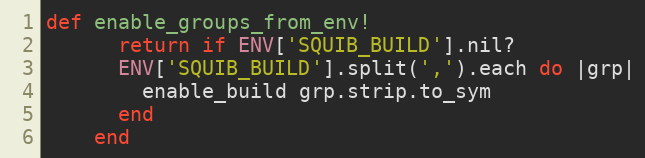
Language: Ruby
def enable_groups_from_env!
      return if ENV['SQUIB_BUILD'].nil?
      ENV['SQUIB_BUILD'].split(',').each do |grp|
        enable_build grp.strip.to_sym
      end
    end